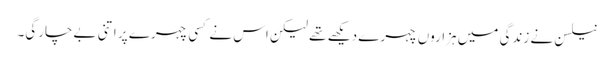
نیلسن نے زندگی میں ہزاروں چہرے دیکھے تھے لیکن اس نے کسی چہرے پر اتنی بےچارگی۔